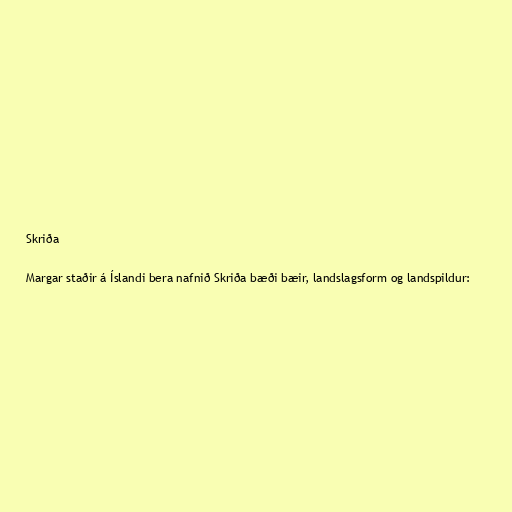
Skriða

Margar staðir á Íslandi bera nafnið Skriða bæði bæir, landslagsform og landspildur: